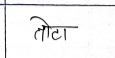
मजकूर: तोटा